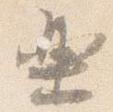
楽